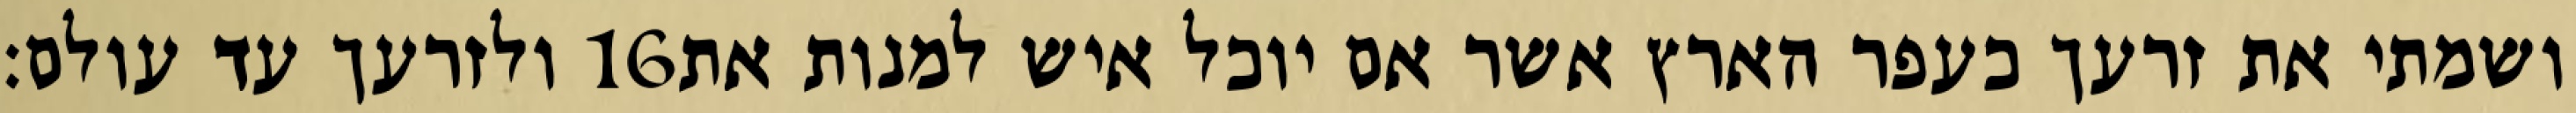
ולזרעך עד עולם׃ ‎16‏ ושמתי את זרעך כעפר הארץ אשר אם יוכל איש למנות את